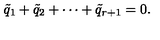
\tilde { q } _ { 1 } + \tilde { q } _ { 2 } + \cdots + \tilde { q } _ { r + 1 } = 0 .